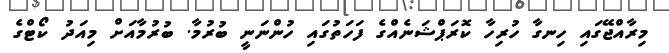
މިރާއްޖޭގައި ހިނގާ ހުރިހާ ކޮރަޕްޝަނެއްގެ ފަހަތުގައި ހުންނަނީ ބުރުމާ. ބުރުމާއަށް މިއަދު ކޯޓްގެ